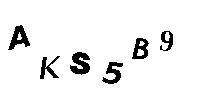
AKS5B9